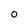
Character: 0